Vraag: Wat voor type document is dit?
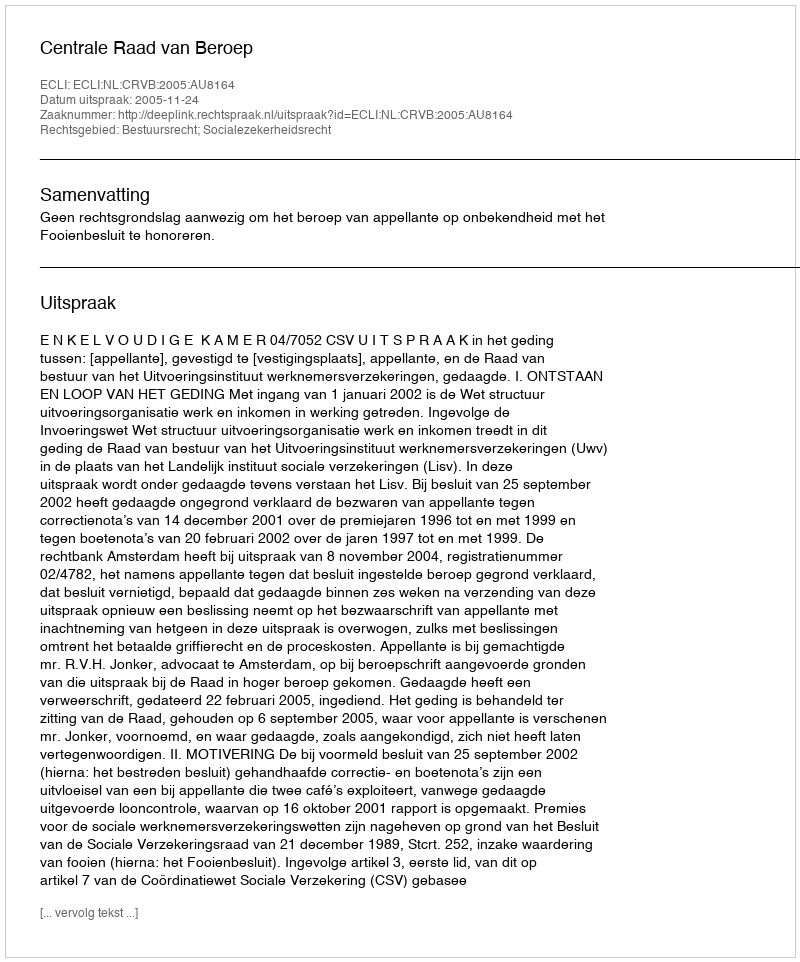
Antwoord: Uitspraak